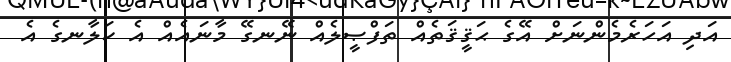
އަދި އަހަރެމެންނަށް އޭގެ ޙަޤީޤަތެއް ތަފްޞީލެއް ނޭނގޭ މާނައެއް އެ ކަލާނގެ އެ